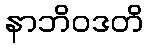
နာဘိဝဒတိ